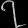
Digit: ၇